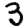
Digit: 3